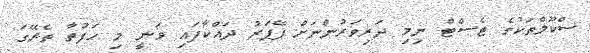
ސްކޫލްތަކުގެ ޓެސްޓް ނިމި ދަރިވަރުންނަށް ޕޭޕަރު ދައްކާފައި ވަނީ މި ހަފުތާ ތެރޭގަ